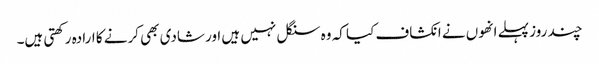
چند روز پہلے انھوں نے انکشاف کیا کہ وہ سنگل نہیں ہیں اور شادی بھی کرنے کا ارادہ رکھتی ہیں۔